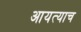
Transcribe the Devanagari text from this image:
आयत्याच